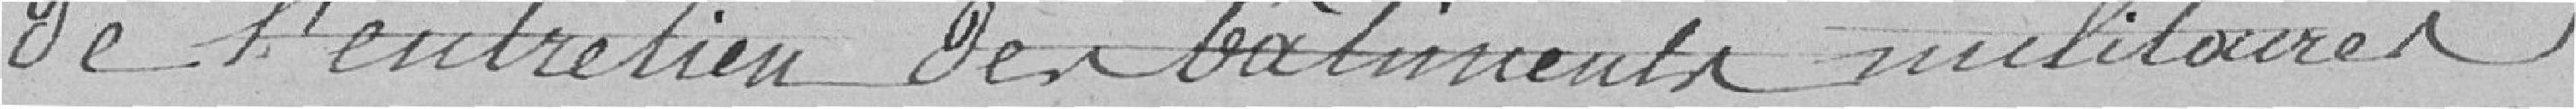
de l'entretien des bâtiments militaires.